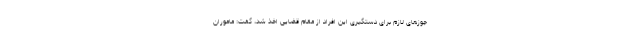
جوزهای لازم برای دستگیری این افراد از مقام قضایی اخذ شد، گفت: ماموران